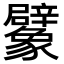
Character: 𧲜